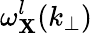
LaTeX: \omega_{\mathbf{X}}^{l}(k_{\perp})